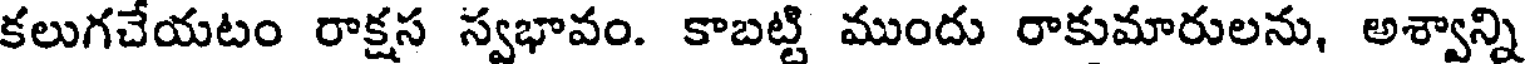
కలుగచేయటం రాక్షస స్వభావం. కాబట్టి ముందు రాకుమారులను, అశ్వాన్ని